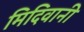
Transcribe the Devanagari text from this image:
मिदिवानी